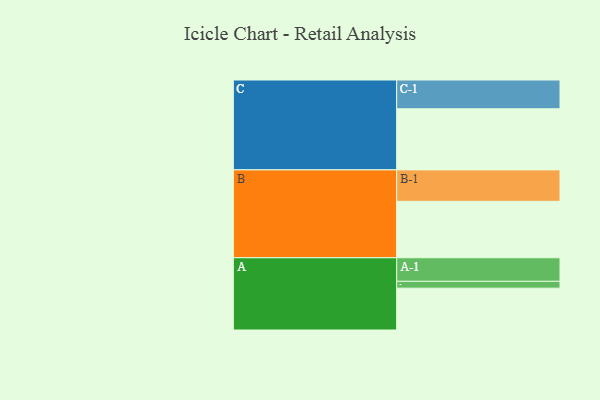
{"axis": {"x": "Segment", "y": "Value"}, "legend": ["", "A", "B", "C"], "data": [{"x": "A", "y": 330, "type": ""}, {"x": "B", "y": 445, "type": ""}, {"x": "C", "y": 482, "type": ""}, {"x": "A-1", "y": 186, "type": "A"}, {"x": "A-2", "y": 54, "type": "A"}, {"x": "B-1", "y": 248, "type": "B"}, {"x": "C-1", "y": 227, "type": "C"}]}